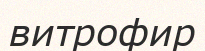
витрофир